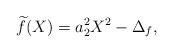
LaTeX: \begin{align*}\widetilde{f}(X) = a_2^2 X^2 - \Delta_f ,\end{align*}